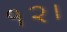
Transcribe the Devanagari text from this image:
१२।